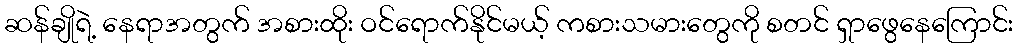
ဆန်ချိုရဲ့ နေရာအတွက် အစားထိုး ဝင်ရောက်နိုင်မယ့် ကစားသမားတွေကို စတင် ရှာဖွေနေကြောင်း